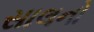
સાલનો